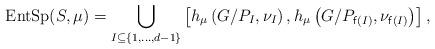
LaTeX: \begin{align*}{\rm EntSp}(S,\mu)=\bigcup_{I\subseteq\{1,\ldots,d-1\}}\left[h_{\mu}\left(G/P_{I},\nu_{I}\right),h_{\mu}\left(G/P_{\mathsf{f}(I)},\nu_{\mathsf{f}(I)}\right)\right],\end{align*}